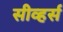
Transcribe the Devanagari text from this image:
सीव्हर्स